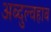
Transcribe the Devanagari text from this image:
अब्दुल्वहाब